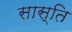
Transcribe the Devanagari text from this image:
सास्ति